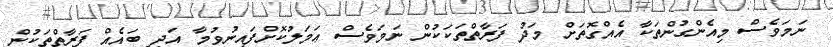
ނަމަވެސް މިއެންގުންތަކާ އެއްގޮތަށް މަދު ފަރާތްތަކަކުން ނަމަވެސް ޢަމަލުކޮށްފައިނުވުމާ އަދި ބައެއް ފަރާތްތަކުން